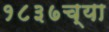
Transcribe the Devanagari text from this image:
१८३७च्या